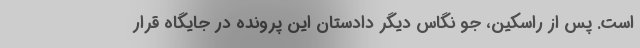
است. پس از راسکین، جو نگاس دیگر دادستان این پرونده در جایگاه قرار